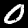
Label: 0